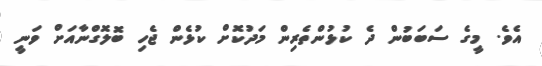
އެވެ. މީގެ ސަބަބުން ދެ ކުޅުންތެރިން މަދުކޮށް ކުޅެން ޖެހި ބޮލޮގްނާއަށް ވަނީ